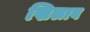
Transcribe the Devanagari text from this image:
खिलाव